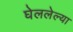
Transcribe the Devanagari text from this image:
घेललेल्या